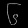
Digit: ၆